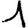
Digit: 1